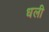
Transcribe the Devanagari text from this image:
धली